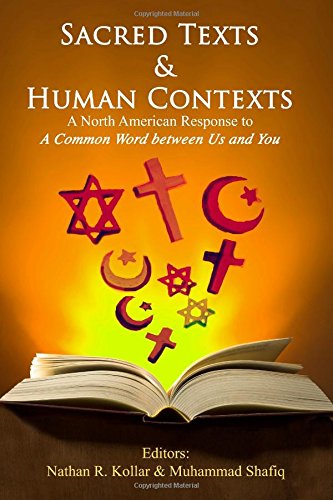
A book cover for Sacred Texts & Human Contexts: A North American Response to A Common Word between Us and You (Sacred Texts and Human Contexts) (Volume 1); Nathan R. Kollar Muhammad Shafiq et. al.; Christian Books & Bibles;